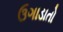
ઉગાડાતો